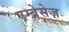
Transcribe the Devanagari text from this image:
एम्ब्रेसेज़